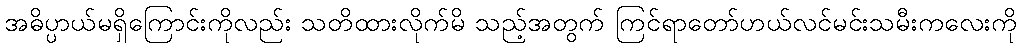
အဓိပ္ပာယ်မရှိကြောင်းကိုလည်း သတိထားလိုက်မိ သည့်အတွက် ကြင်ရာတော်ဟယ်လင်မင်းသမီးကလေးကို